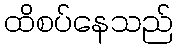
ထိစပ်နေသည်